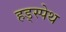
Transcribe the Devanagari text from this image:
हड्स्पेथ